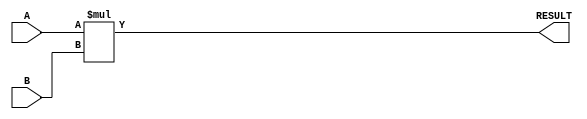
module parameterized_multiplier #(
    parameter WIDTH_A = 8,  // Bit-width of input A
    parameter WIDTH_B = 8,  // Bit-width of input B
    parameter WIDTH_OUT = WIDTH_A + WIDTH_B // Bit-width of output RESULT
)(
    input  wire [WIDTH_A-1:0] A,      // Input A
    input  wire [WIDTH_B-1:0] B,      // Input B
    output reg  [WIDTH_OUT-1:0] RESULT // Output RESULT
);

    // Behavioral multiplication
    always @(*) begin
        // Perform multiplication
        RESULT = A * B;
    end

endmodule